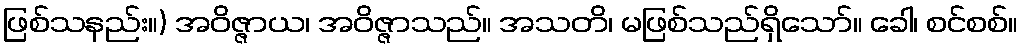
ဖြစ်သနည်း။) အဝိဇ္ဇာယ၊ အဝိဇ္ဇာသည်။ အသတိ၊ မဖြစ်သည်ရှိသော်။ ခေါ၊ စင်စစ်။